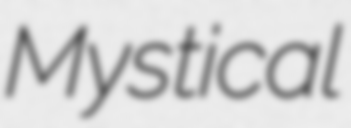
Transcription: Mystical